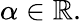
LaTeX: \alpha\in\mathbb{R}.